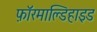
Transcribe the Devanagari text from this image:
फ़ॉरमाल्डिहाइड